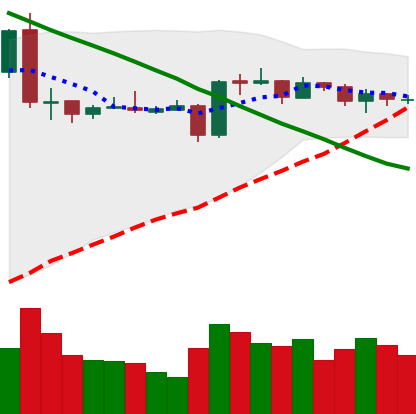
Ticker: EOS-USD
Chart end date: 2019-03-14
Forward return: 4.793%
Label: up_3_5